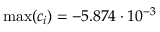
\operatorname* { m a x } ( c _ { i } ) = - 5 . 8 7 4 \cdot 1 0 ^ { - 3 }